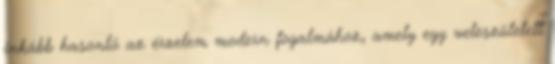
inkább hasonló az érzelem modern fogalmához, amely egy veleszületett